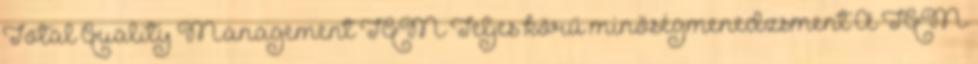
Total Quality Management TQM Teljes körű minőségmenedzsment A TQM